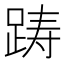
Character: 踌